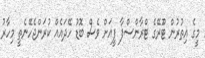
މީގެ އިތުރުން ޓޫރޭގެ ޓްރާންސްފާ ފީއަށް ވެސް ބޮޑު ހޭދައެއް ކުރަންޖެހޭނެތީ މިހާރު